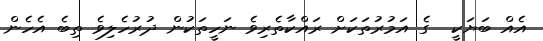
އެއް ބަޔަކީ  ގެ އަމުރުތަކަށް ރައްކާތެރިވެ ނަހީތަކުން ދުރުހެލިވެ ތިބެ އެހެން